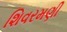
શિવરમણી